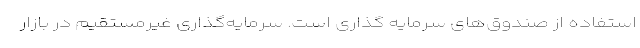
استفاده از صندوق‌های سرمایه گذاری است. سرمایه‌گذاری غیرمستقیم در بازار